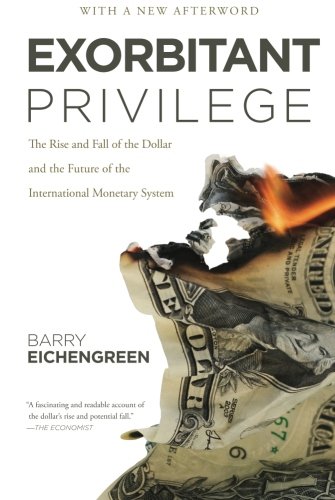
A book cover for Exorbitant Privilege: The Rise and Fall of the Dollar and the Future of the International Monetary System; Barry Eichengreen; Business & Money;